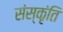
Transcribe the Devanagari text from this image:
संस्कृंति